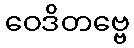
ဝေဒိတဗ္ဗေ